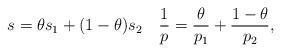
LaTeX: \begin{align*} s=\theta s_1+(1-\theta)s_2\quad\frac{1}{p}=\frac{\theta}{p_1}+\frac{1-\theta}{p_2}, \end{align*}